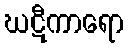
ဃဋီကာရော